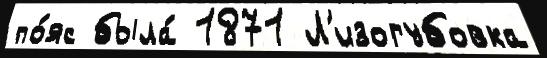
по́яс была́ 1871 Л'изогубовка